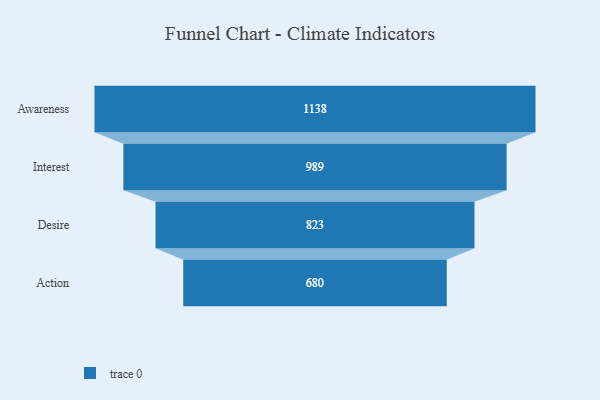
{"axis": {"x": "Stage", "y": "Value"}, "legend": [""], "data": [{"x": "Awareness", "y": 1138.0, "type": ""}, {"x": "Interest", "y": 989.0, "type": ""}, {"x": "Desire", "y": 823.0, "type": ""}, {"x": "Action", "y": 680.0, "type": ""}]}